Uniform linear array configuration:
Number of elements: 4
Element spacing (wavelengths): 0.75
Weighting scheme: exponential
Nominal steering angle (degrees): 15
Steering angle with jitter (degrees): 14.714
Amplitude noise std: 0.05
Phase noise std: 0.05

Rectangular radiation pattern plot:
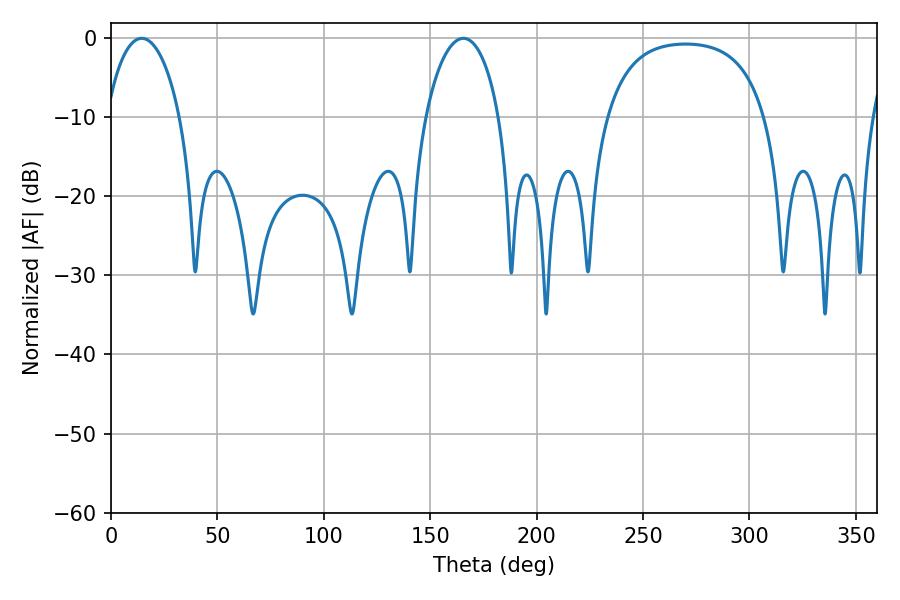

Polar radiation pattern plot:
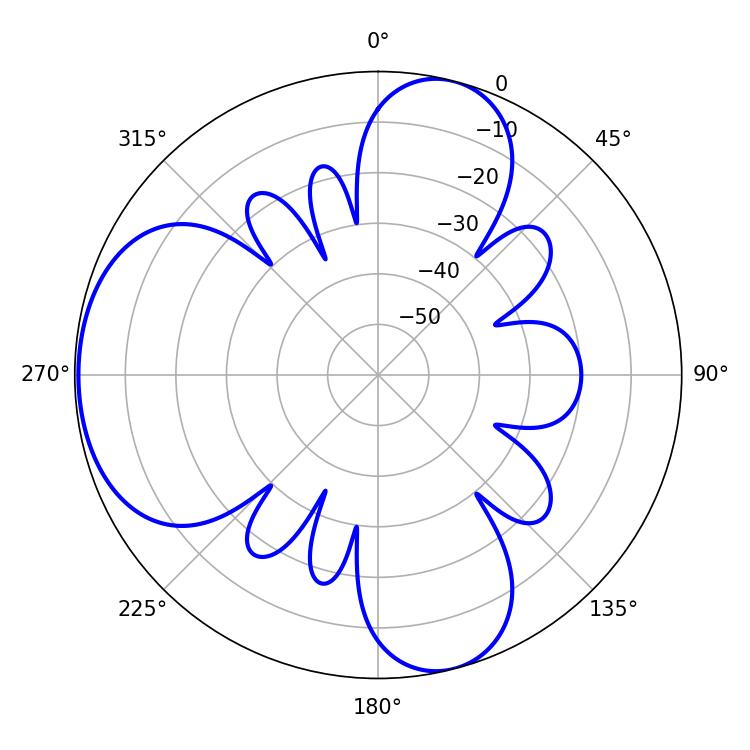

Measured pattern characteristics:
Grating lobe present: TRUE
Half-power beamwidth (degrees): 19.62
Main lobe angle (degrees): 14.4